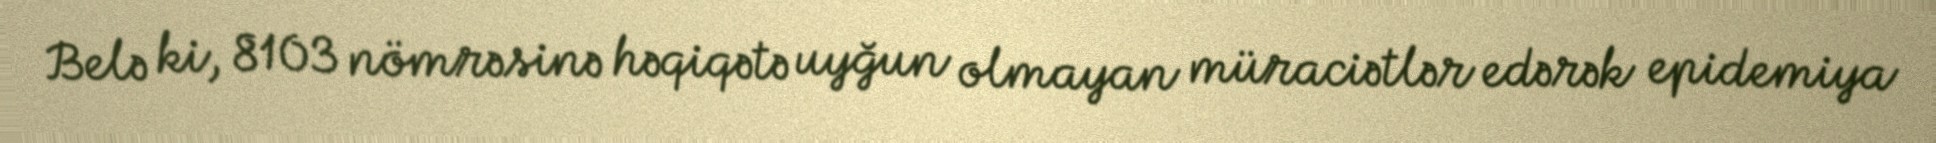
Belə ki, 8103 nömrəsinə həqiqətə uyğun olmayan müraciətlər edərək epidemiya